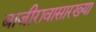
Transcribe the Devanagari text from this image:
बाजीरावासारख्या